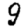
Digit: 9